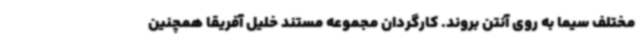
مختلف سیما به روی آنتن بروند. کارگردان مجموعه مستند خلیل آفریقا همچنین